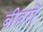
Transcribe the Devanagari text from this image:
बीवरों